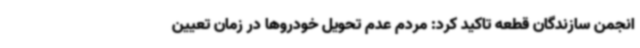
انجمن سازندگان قطعه تاکید کرد: مردم عدم تحویل خودروها در زمان تعیین